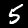
Label: 5